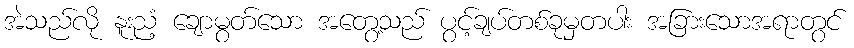
အဲသည်လို နူးညံ့ ချောမွတ်သော အတွေ့သည် ပွင့်ချပ်တစ်ခုမှတပါး အခြားသောအရာတွင်